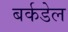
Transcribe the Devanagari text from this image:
बर्कडेल